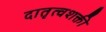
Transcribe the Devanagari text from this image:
दातृत्वशक्ती